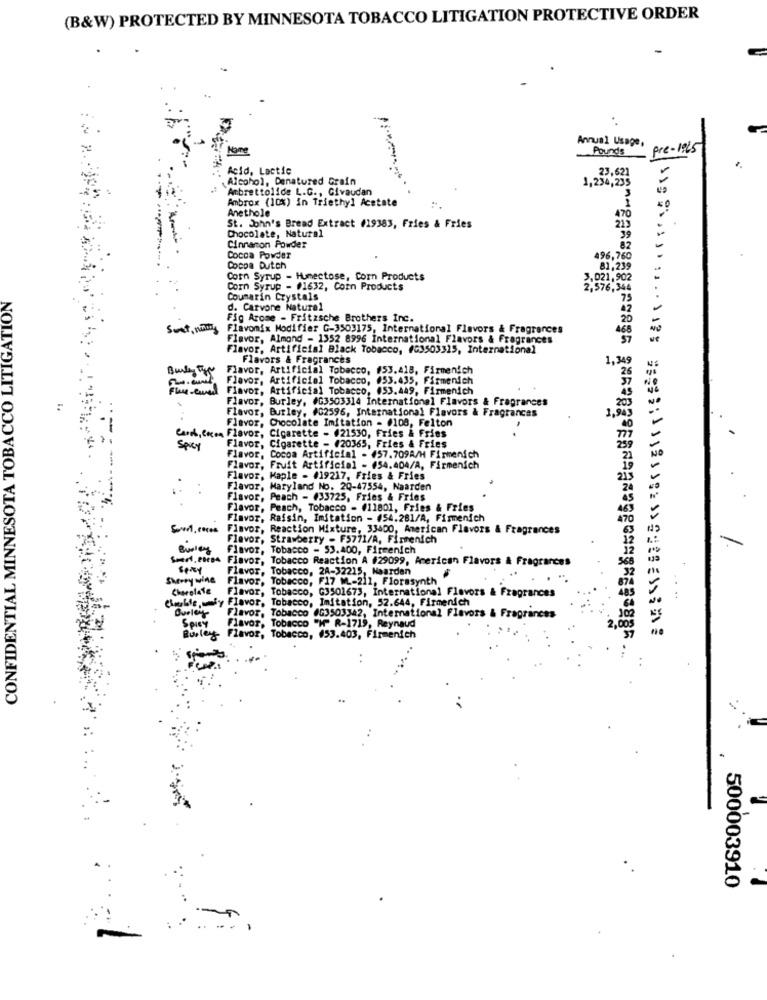
(B&W) PROTECTED BY MINNESOTA TOBACCO LITIGATION PROTECTIVE ORDER
Annual Usage,
Name
Pounds
pre-1965
Acid, Lactic
23,621
Alcohol, Denatured Grain
1,234,235
Ambrettolide L.G ., Givaudan
Ambrox (10%) in Triethyl Acetate
Anethole
215
Chocolate, Natural
St. John's Bread Extract #19383, Fries & Fries
Cinnamon Powder
82
-
Cocoa Powder
496,760
Cocoa Dutch
81,239
Corn Syrup - Humectose, Corn Products
Corn Syrup - #1632, Corn Products
2,576,364
CONFIDENTIAL MINNESOTA TOBACCO LITIGATION
Coumarin Crystals
75
d. Carvone Natural
Fig Arome - Fritzsche Brothers Inc.
20
Sont, nowy
Flavomix Modifier C-3503175, International Flavors & Fragrances
468
Flavor, Almond - 1352 8996 International Flavors & Fragrances
Flavor, Artificial Black Tobacco, #03503315, International
Flavors & Fragrances
1,349
Flavor, Artificial Tobacco, #53.418, Firmenich
Burley 5
Flavor, Artificial Tobacco, 053.435, Firmenich
26
Flavor, Artificial Tobacco, 653.449, Firmenich
Flavor, Burley, #03503314 International Flavors & Fragrances
Flavor, Burley, #02596, International Flavors & Fragrances
Flavor, Chocolate Imitation - 0108, Felton
Card, Coma Flavor, Cigarette - 021530, Fries & Fries
Spicy
Flavor, Cigarette - 420365, Fries & Fries
Flavor, Cocoa Artificial - #57.709A/H Firmenich
Flavor, Fruit Artificial - 54.404/A, Firmenich
Flavor, Maple - #19217, Fries & Fries
Flavor, Maryland No. 20-47554, Naarden
Flavor, Peach - 433725, Fries & Fries
Flavor, Peach, Tobacco - (11801, Fries & Fries
Flavor, Raisin, Imitation - #54.281/A, Firmenich
Flavor, Reaction Mixture, 33400, American Flavors & Fragrances
Flavor, Strawberry - F5771/A, Firmenich
Busleg
Flavor, Tobacco - 53.400, Firmenich
Smerf. ences Flavor, Tobacco Reaction A #29099, Prerican Flavors & Fragrances
SPREY
Flavor, Tobacco, 24-32215, Naarden
Sherry wine
Flavor, Tobacco, F17 ML-211, Florasynth
Chorelafe
Flavor, Tobacco, G3501673, International Flavors & Fragrances
Cluble, wmfy Flavor, Tobacco, Imitation, 52.644, Firmenich
Burley
Flavor, Tobacco 0G3503342, International Flavors & Fragrances
Spicy
Flavor, Tobacco "H" R-1719, Reynaud
2,005
37
Burley
Flavor, Tobacco, 453.403, Firmenich
500003910
:. .. ..